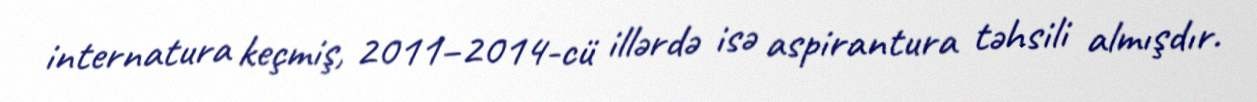
internatura keçmiş, 2011–2014-cü illərdə isə aspirantura təhsili almışdır.